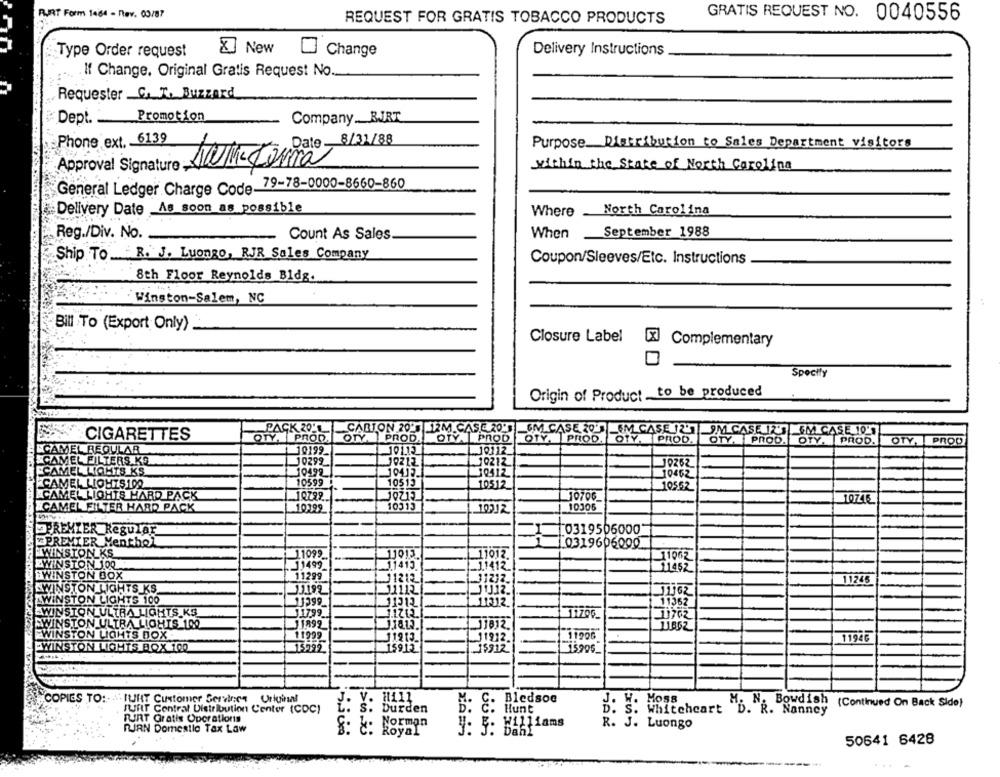
FURT Form 1484 - Rev. 03/87
REQUEST FOR GRATIS TOBACCO PRODUCTS
GRATIS REQUEST NO. 0040556
Type Order request
New
Change
Delivery Instructions
If Change. Original Gratis Request No.
Requester C. T. Buzzard
Dept ..
Promotion
Company __ RJRT
Phone ext. 6139
8/32/88
Purpose_Distribution to Sales Department visitors
Approval Signature AOU ML Comra
within the State of North Carolina
General Ledger Charge Code 79-78-0000-8660-860
Delivery Date As soon as possible
Where .North Carolina
September 1988
Reg./Div. No.
Count As Sales
When
Ship To R. J. Luongo, RJR Sales Company
Coupon/Sleeves/Etc. Instructions
8th Floor Reynolds Bldg.
Winston-Salem, NC
Bill To (Export Only)
Closure Label
[X] Complementary
Specify
Origin of Product to be produced
PACK 20'L
CARTON 20 1 2M. CAS.C.20'S _CM CASE 20' _6M CASE 123 .9M CASE I2'S EM CASE 1011
CIGARETTES
OTY. PROD,
OTVA PROD
OTVA PROD
QTY. PROD. OTY. PROD.
OTY. PROD. OTY. PROD.
OTY, PROD
CAMEL REGULAR
1 10199_
101.13
.10112
CAMEL FILTERS KS
10299
10212
JO262
CAMEL LIAHIS KS
30412
10462
10599
10513
CAMEL LIGHTS100
10512_
105.62
CAMEL LIGHTS HARD PACK
10799
10706_
10313
107216
CAMEL FILTER HARD PACK
10399
10012
10306
PREMIER Regular
10319506000
PREMIER Menthol
0319606000
TWINSION KS
11099_
11013
11012.
11002
WINSTON 100
J1499_
.1413.
_11412.
WINSTON BOX
11452
11299
31212.
11245
EWINSTON LIGHTS KS
WINSTON LIGHTS 100
11399
11312
311212.
07362
WINSTON ULTRA LIGHTS KS
J1799
11706_
EWINSTON ULTRA LIGHTS 100
J1899
1.18.13.
11852
WINSTON LIGHTS BOX
11999
1213_
11906
11946
11912.
-WINSTON LICHTS BOX 100
15992.
15912
.15912
15.996_
COPIES TO :- " IUHT Customer Services Original
V.
H111
B: S. Bledsoe
S: W. Moss
Bowdish (Continued On Back Side)
FURT Central Distribution Center (CDC)
S. Durden
C. Hunt
D. S. Whiteheart
D. R. Nanney
IT Gratis Operations
RIRN Domestic Tax Law
. Norman
E. W1111ams
R. J. Luongo
S: C' Royal"
3: 3: Dahl
50641 6428